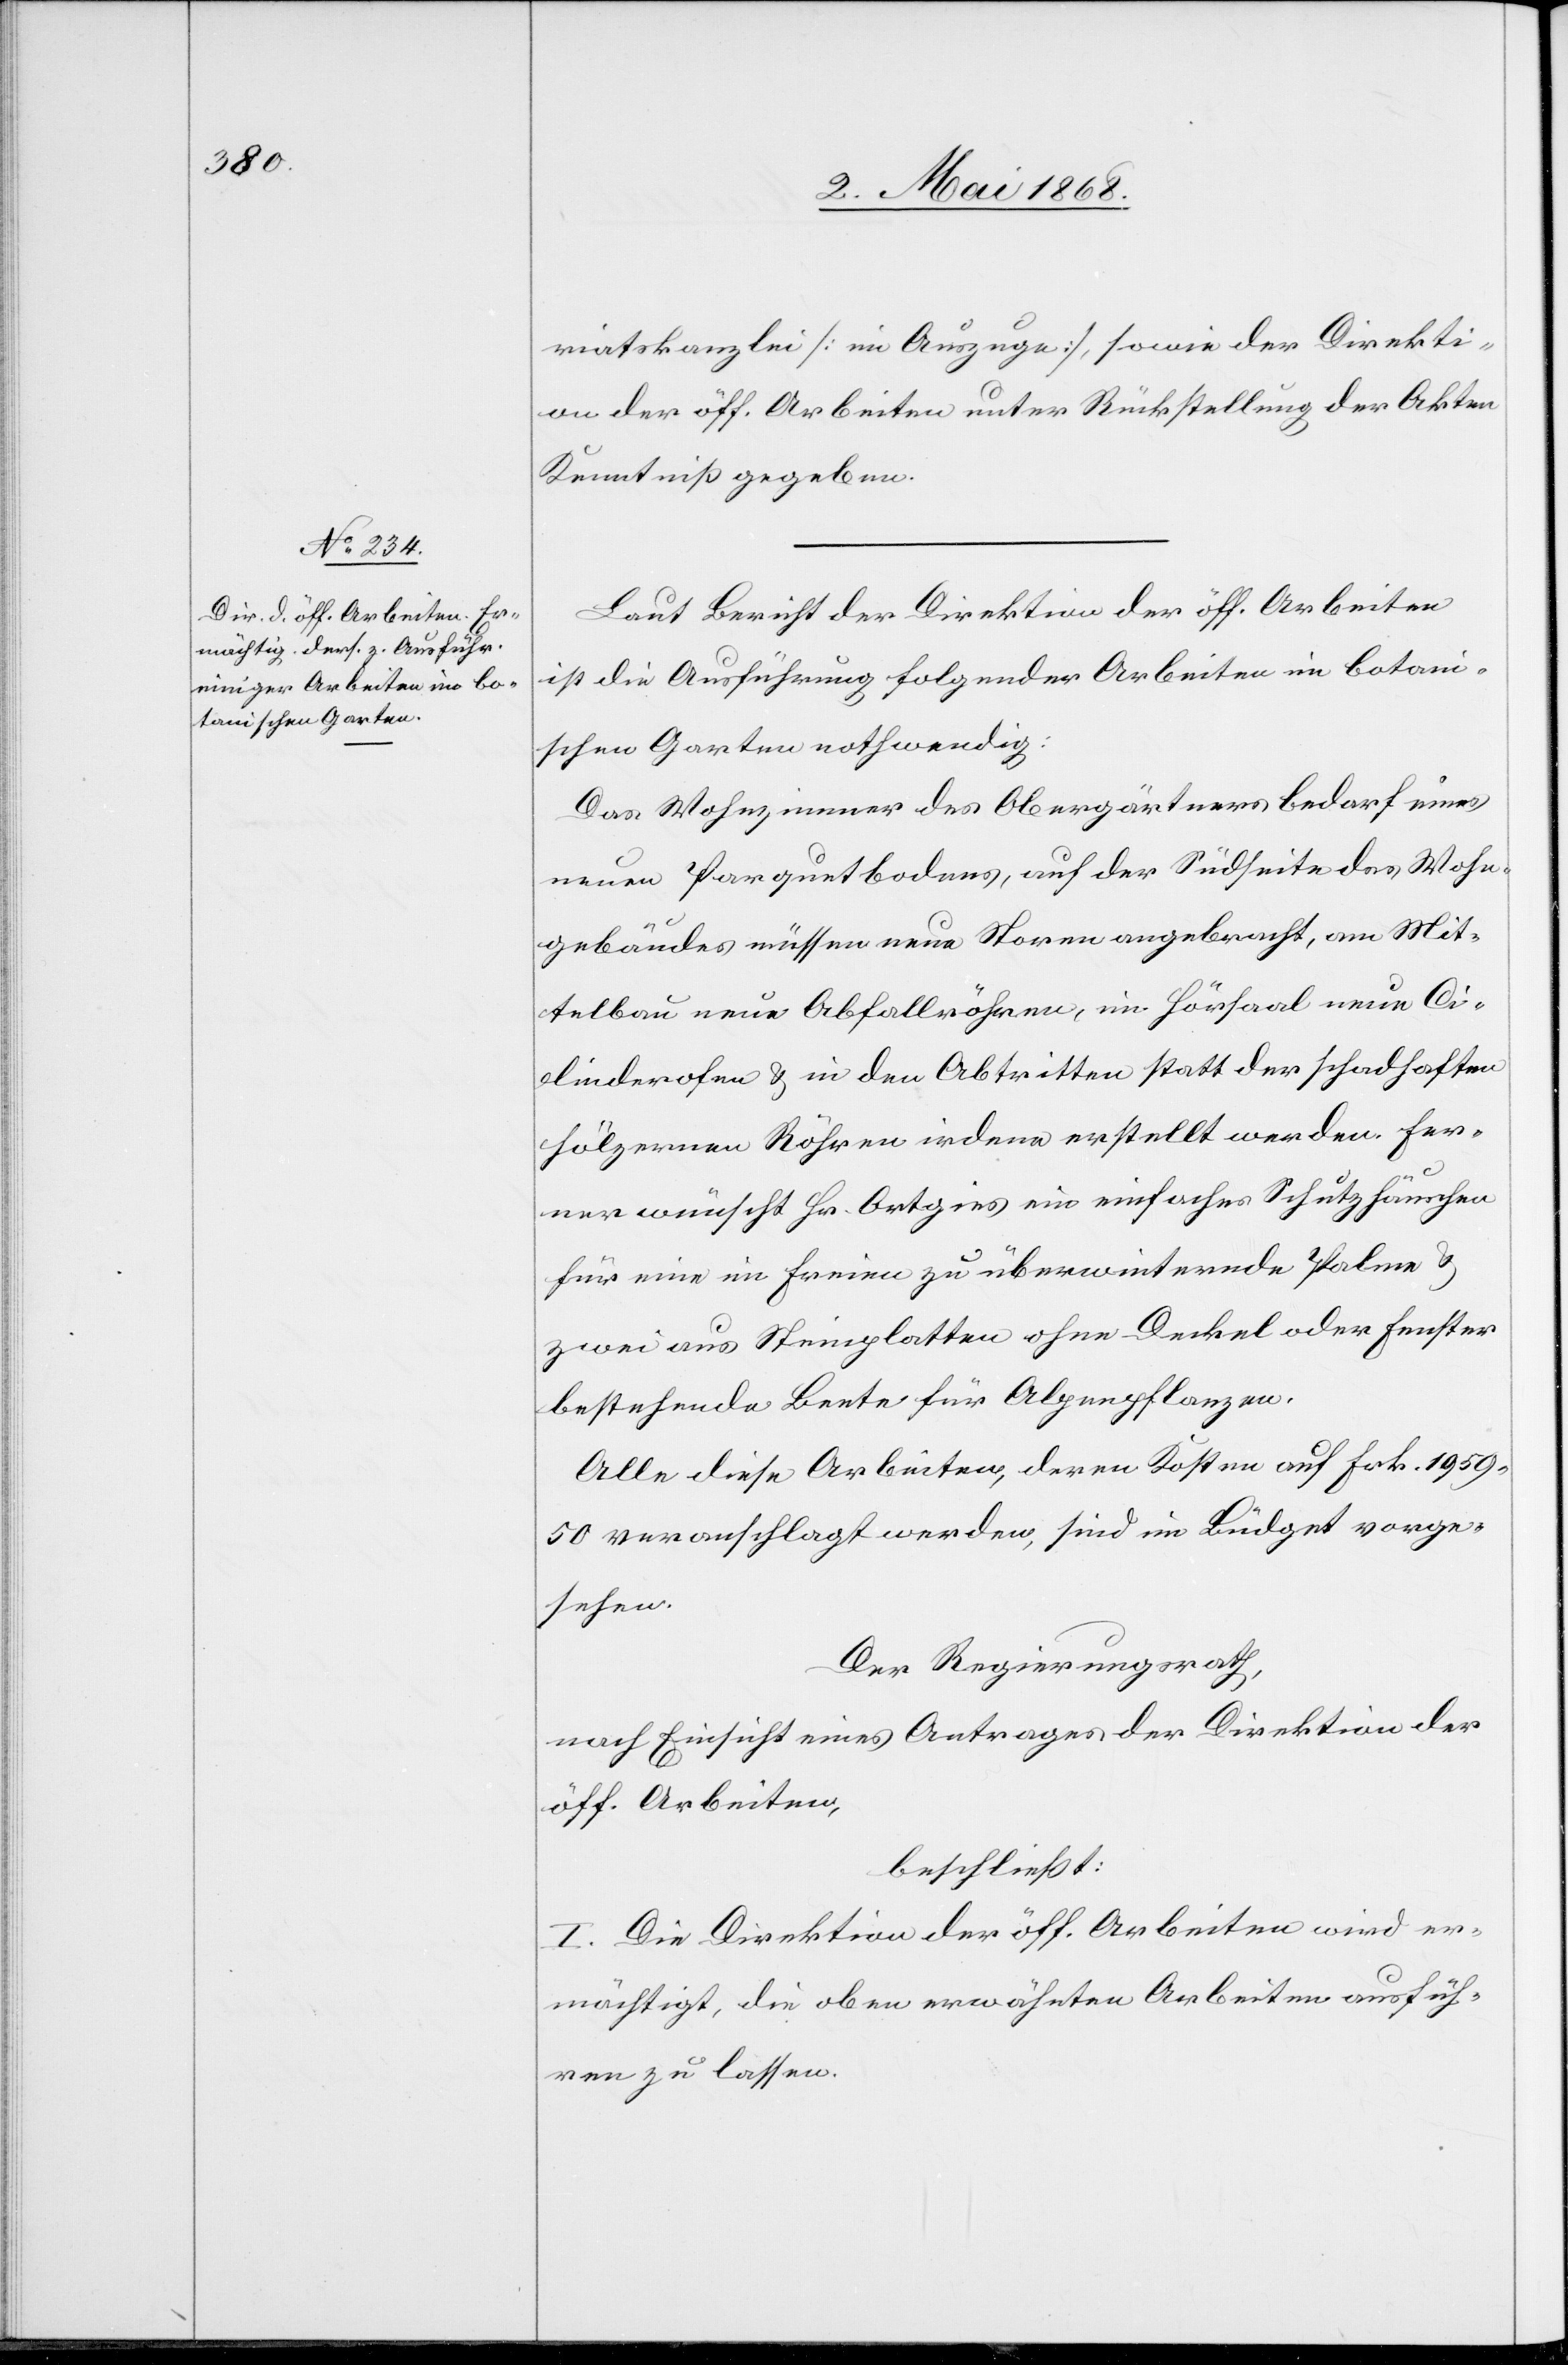
Laut Bericht der Direktion der öff. Arbeiten
ist die Ausführung folgender Arbeiten im botani¬
schen Garten nothwendig:
Das Wohnzimmer des Obergärtners bedarf eines
neuen Parquetbodens, auf der Südseite des Wohn¬
gebäudes müssen neue Storen angebracht, am Mit¬
telbau neue Abfallröhren, im Hörsaal neue Ci¬
linderofen & in den Abtritten statt der schadhaften
hölzernen Röhren irdene erstellt werden. Fer¬
ner wünscht Hr. Ortgies ein einfaches Schutzhäuschen
für eine im Freien zu überwinternde Palme &
zwei aus Steinplatten ohne Deckel oder Fenster
bestehende Beete für Alpenpflanzen.
Alle diese Arbeiten, deren Kosten auf Frk. 1959.
50 veranschlagt werden, sind im Büdget vorge¬
sehen.
Der Regierungsrath,
nach Einsicht eines Antrages der Direktion der
öff. Arbeiten,
beschließt:
I. Die Direktion der öff. Arbeiten wird er¬
mächtigt, die oben erwähnten Arbeiten ausfüh¬
ren zu lassen.